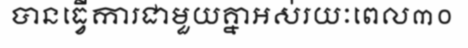
បានធ្វើការជាមួយគ្នាអស់រយៈពេល៣០